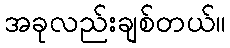
အခုလည်းချစ်တယ်။